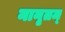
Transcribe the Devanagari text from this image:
नानृतम्